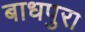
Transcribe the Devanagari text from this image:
बाधपुरा